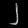
Digit: ၂